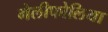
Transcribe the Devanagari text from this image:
मेलीफोलिया